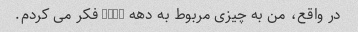
در واقع، من به چیزی مربوط به دهه 1920 فکر می کردم.